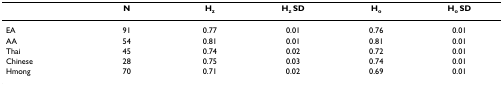
<table><thead><tr><td></td><td><b>N</b></td><td><b>H<sub>z</sub></b></td><td><b>H<sub>z </sub>SD</b></td><td><b>H<sub>o</sub></b></td><td><b>H<sub>o </sub>SD</b></td></tr></thead><tbody><tr><td>EA</td><td>91</td><td>0.77</td><td>0.01</td><td>0.76</td><td>0.01</td></tr><tr><td>AA</td><td>54</td><td>0.81</td><td>0.01</td><td>0.81</td><td>0.01</td></tr><tr><td>Thai</td><td>45</td><td>0.74</td><td>0.02</td><td>0.72</td><td>0.01</td></tr><tr><td>Chinese</td><td>28</td><td>0.75</td><td>0.03</td><td>0.74</td><td>0.01</td></tr><tr><td>Hmong</td><td>70</td><td>0.71</td><td>0.02</td><td>0.69</td><td>0.01</td></tr></tbody></table>